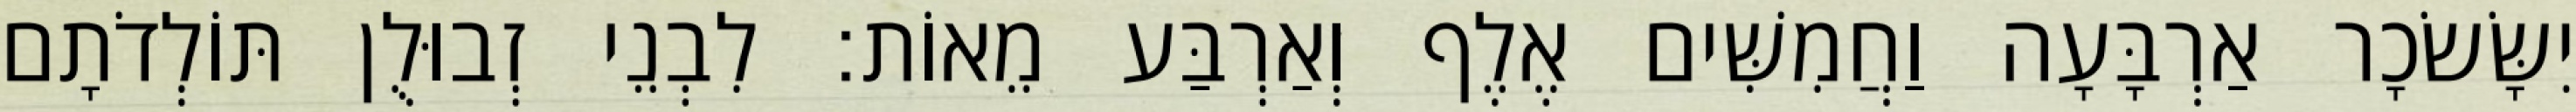
יִשָּׂשׂכָר אַרְבָּעָה וַחֲמִשִּׁים אֶלֶף וְאַרְבַּע מֵאוֹת׃ לִבְנֵי זְבוּלֻן תּוֹלְדֹתָם